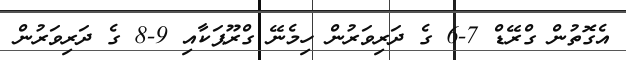
އެގޮތުން ގްރޭޑް 7-6 ގެ ދަރިވަރުން ހިމެނޭ ގްރޫޕަކާއި 9-8 ގެ ދަރިވަރުން